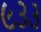
૯૩૩